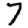
Digit: 7